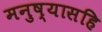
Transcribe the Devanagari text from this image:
मनुष्यासहि